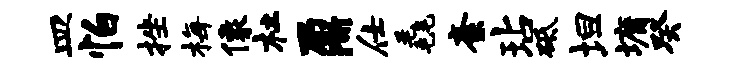
皿怕挫梅像杜鼐仕毳紊玷砥坦墉癸